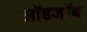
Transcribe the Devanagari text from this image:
ऑडजॉब